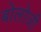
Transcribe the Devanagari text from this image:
बोलोजी